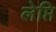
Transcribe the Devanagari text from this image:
लेप्ति